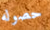
حصوله